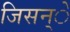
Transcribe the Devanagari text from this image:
जिसन्े